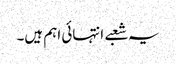
یہ شعبے انتہائی اہم ہیں۔